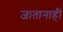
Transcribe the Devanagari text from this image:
जातानाही